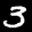
Label: 3